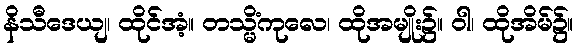
နိသီဒေယျ၊ ထိုင်အံ့။ တသ္မိံကုလေ၊ ထိုအမျိုး၌။ ဝါ၊ ထိုအိမ်၌။